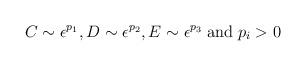
LaTeX: \begin{align*}C \sim \epsilon^{p_{1}}, D \sim \epsilon^{p_{2}}, E \sim \epsilon^{p_{3}} \; \mbox{and} \; p_{i} > 0\end{align*}